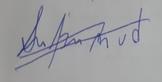
Signature authenticity: forged